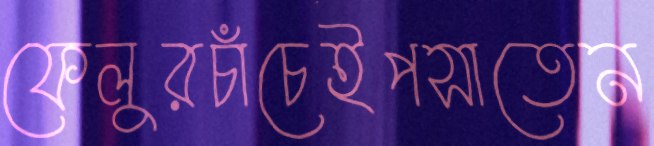
ফেলুরচাঁচেইপসাতেন